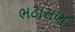
ભટાસણ